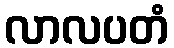
လာလပတံ